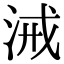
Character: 㳦